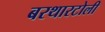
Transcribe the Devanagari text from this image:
बरथारटोली